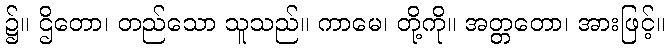
၌။ ဌိတော၊ တည်သော သူသည်။ ကာမေ၊ တို့ကို။ အတ္တတော၊ အားဖြင့်။